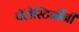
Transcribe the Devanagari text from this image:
पॅलेस्टिनींनी